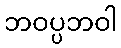
ဘဝပ္ပဘဝါ